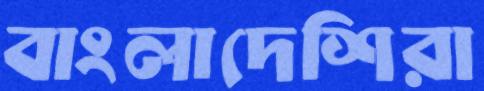
বাংলাদেশিরা